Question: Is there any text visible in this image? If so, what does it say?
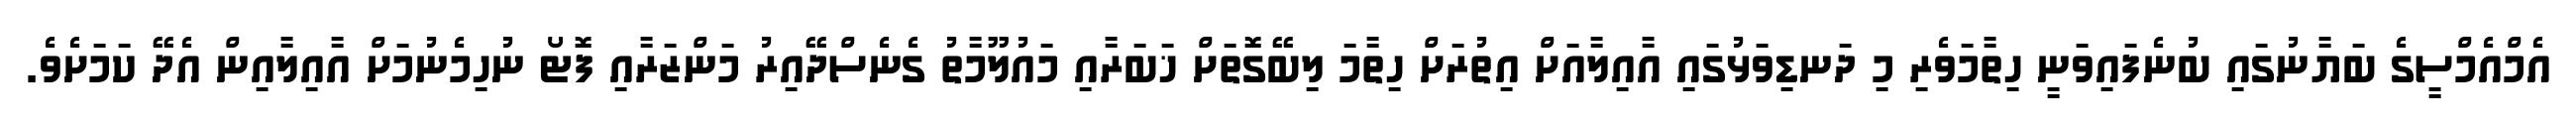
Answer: އެމްއެމްސީގެ ބަޔާނުގައި ބުނެފައިވަނީ ހިތާމަވެރި މި ދަނޑިވަޅުގައި އާއިލާއަށް އިތުރަށް ހިތާމަ ލިބޭގޮތަށް ޚަބަރާއި މައުލޫމާތު ގެނެސްދޭއިރު މަންޒަރާއި ފޮޓޯ ނުހިމެނުމަށް އާއިލާއިން އެދޭ ކަމަށެވެ.